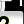
Digit: 2